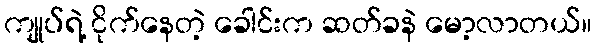
ကျုပ်ရဲ့ ငိုက်နေတဲ့ ခေါင်းက ဆတ်ခနဲ မော့လာတယ်။